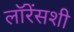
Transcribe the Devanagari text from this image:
लॉरेंसशी